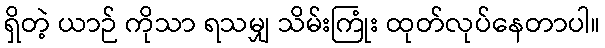
ရှိတဲ့ ယာဉ် ကိုသာ ရသမျှ သိမ်းကြုံး ထုတ်လုပ်နေတာပါ။